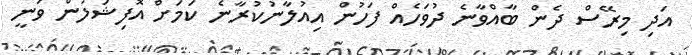
އަދި މިރޭސް ދެން ބާއްވާނެ ދުވަހެއް ފަހުން އިއުލާނުކުރާނެ ކަމަށް އޮފިޝަލުން ވަނީ